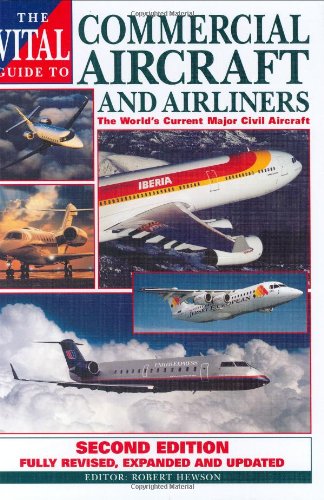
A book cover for The Vital Guide to Commercial Aircraft and Airliners: The World's Current Major Civil Aircraft; Robert Hewson; Arts & Photography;